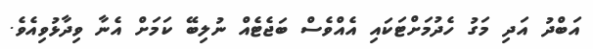
އަބްދު އަދި މަގު ހެދުމަށްޓަކައި އެއްވެސް ބަޖެޓެއް ނުލިބޭ ކަމަށް އެނާ ވިދާޅުވިއެވެ.